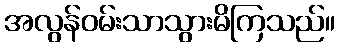
အလွန်ဝမ်းသာသွားမိကြသည်။